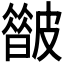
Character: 𥀟